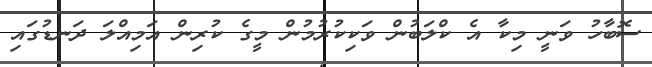
ސޮބާހު ވަނީ މިކާ އެ ކްލަބުން ވަކިކުރުމުން މީގެ ކުރިން އަމިއްލަ ދަނޑުގައި